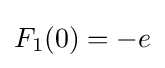
F_{1}(0)=-e